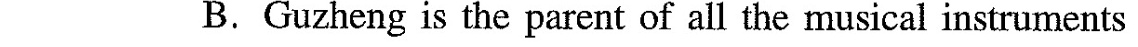
B.Guzheng is the parent of all the musical instruments